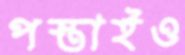
পস্তাইও